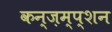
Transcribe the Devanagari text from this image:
कन्ज़म्प्शन